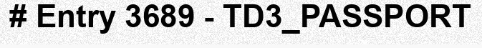
# Entry 3689 - TD3_PASSPORT